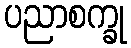
ပညာစက္ခု